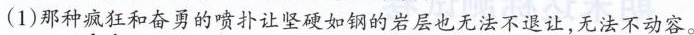
(1)那种疯狂和奋勇的喷扑让坚硬如钢的岩层也无法不退让，无法不动容。